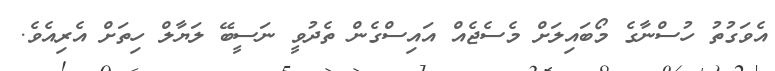
އެވަގުތު ހުސްނާގެ މޯބައިލަށް މެސެޖެއް އައިސްގެން ތެދުވީ ނަސީބޭ ލަޔާލް ހިތަށް އެރިއެވެ.